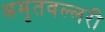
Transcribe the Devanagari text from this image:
अमृतवल्लरी